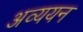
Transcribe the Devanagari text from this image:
अव्ययन